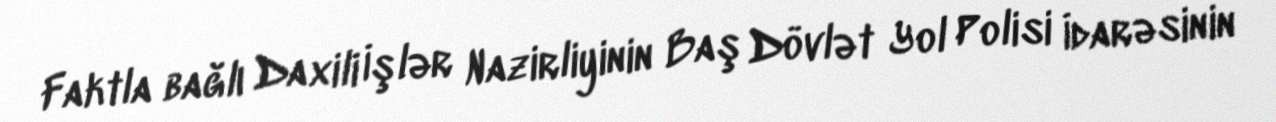
Faktla bağlı Daxili İşlər Nazirliyinin Baş Dövlət Yol Polisi İdarəsinin